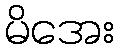
မိအေး